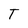
Character: T